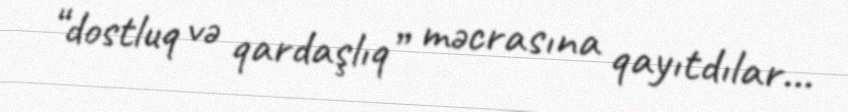
“dostluq və qardaşlıq” məcrasına qayıtdılar...